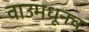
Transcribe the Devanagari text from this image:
वाउमधूनच